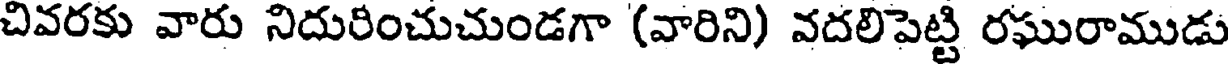
చివరకు వారు నిదురించుచుండగా (వారిని) వదలిపెట్టి రఘురాముడు